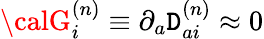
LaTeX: {\calG}_{i}^{(n)}\equiv\partial_{a}\mathtt{D}_{ai}^{(n)}\approx0